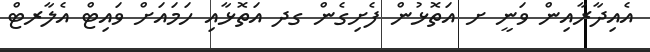
އެއިދާރާއިން ވަނީ ށ އަތޮޅުން ފެށިގެން ގދ އަަތޮޅާއި ހަމައަށް ވައިޓް އެލާރޓް